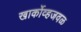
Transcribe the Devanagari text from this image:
खार्कोव्हजवळ